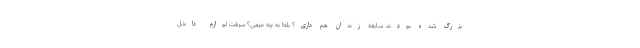
بزرگ شده بودند. سابقه زندان هم داری؟ بله! به چه جرمی؟ سرقت لوازم داخل